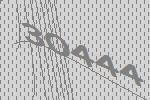
30444